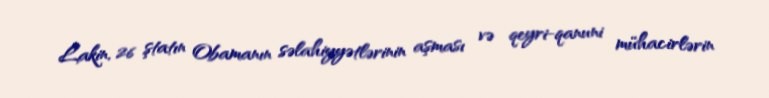
Lakin, 26 ştatın Obamanın səlahiyyətlərinin aşması və qeyri-qanuni mühacirlərin